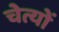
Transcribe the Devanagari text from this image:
चेत्यों